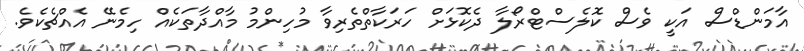
އާމަންޑްސް އަކީ ވެސް ކޮލެސްޓްރޯލާ ދެކޮޅަށް ހަރަކާތްތެރިވާ މުހިންމު މާއްދާތަކެއް ހިމެނޭ އެއްޗެކެވެ.